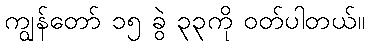
ကျွန်တော် ၁၅ ခွဲ ၃၃ကို ဝတ်ပါတယ်။